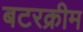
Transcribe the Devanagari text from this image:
बटरक्रीम